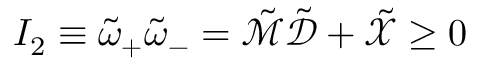
I _ { 2 } \equiv \tilde { \omega } _ { + } \tilde { \omega } _ { - } = \tilde { \mathcal { M } } \tilde { \mathcal { D } } + \tilde { \mathcal { X } } \geq 0